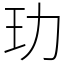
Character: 玏